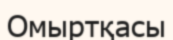
Омыртқасы